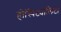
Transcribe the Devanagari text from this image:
होस्पिट्यालिटी